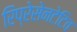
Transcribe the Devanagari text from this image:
रिप्रेसेनटेटिव